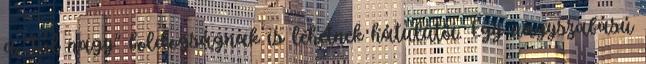
a "túl nagy" boldogságnak is lehetnek hátulütői. Egy nagyszabású